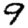
Digit: 9